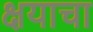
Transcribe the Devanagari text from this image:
क्षयाचा